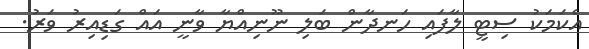
އެކަމަކު ސިޓީ ލާފައި ހަނދާން ބަލި ނޫނިއްޔާ ވާނީ އައް ގަޑިއިރު ވަރު.